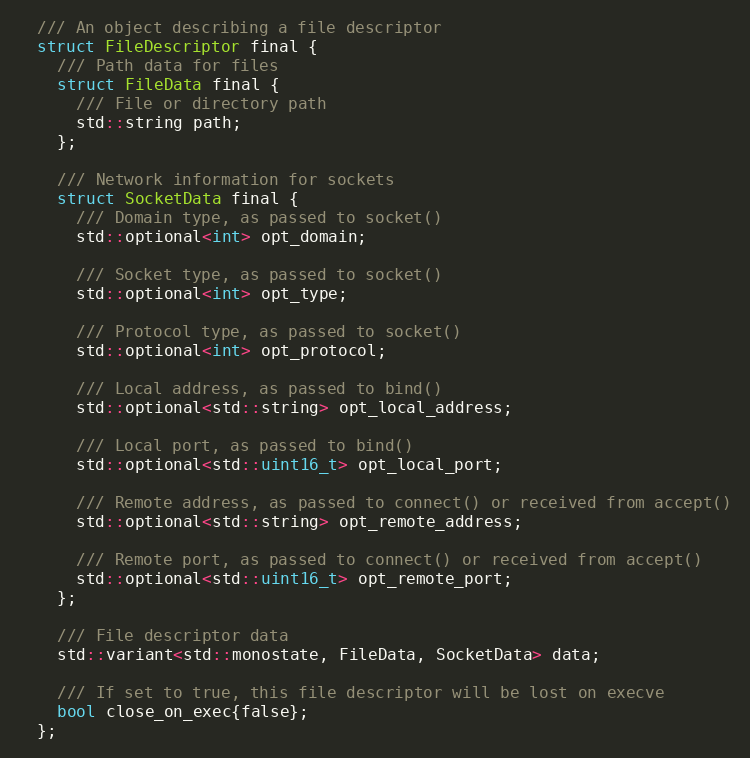
Language: C
  /// An object describing a file descriptor
  struct FileDescriptor final {
    /// Path data for files
    struct FileData final {
      /// File or directory path
      std::string path;
    };

    /// Network information for sockets
    struct SocketData final {
      /// Domain type, as passed to socket()
      std::optional<int> opt_domain;

      /// Socket type, as passed to socket()
      std::optional<int> opt_type;

      /// Protocol type, as passed to socket()
      std::optional<int> opt_protocol;

      /// Local address, as passed to bind()
      std::optional<std::string> opt_local_address;

      /// Local port, as passed to bind()
      std::optional<std::uint16_t> opt_local_port;

      /// Remote address, as passed to connect() or received from accept()
      std::optional<std::string> opt_remote_address;

      /// Remote port, as passed to connect() or received from accept()
      std::optional<std::uint16_t> opt_remote_port;
    };

    /// File descriptor data
    std::variant<std::monostate, FileData, SocketData> data;

    /// If set to true, this file descriptor will be lost on execve
    bool close_on_exec{false};
  };